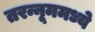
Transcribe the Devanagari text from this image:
तरन्नूममध्ये